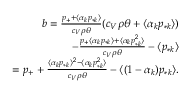
\begin{array} { r } { b = \frac { p _ { + } + \langle \alpha _ { k } p _ { * k } \rangle } { c _ { V } \rho \theta } ( c _ { V } \rho \theta + \langle \alpha _ { k } p _ { * k } \rangle ) } \\ { - \frac { p _ { + } \langle \alpha _ { k } p _ { * k } \rangle + \langle \alpha _ { k } p _ { * k } ^ { 2 } \rangle } { c _ { V } \rho \theta } - \langle p _ { * k } \rangle } \\ { = p _ { + } + \frac { \langle \alpha _ { k } p _ { * k } \rangle ^ { 2 } - \langle \alpha _ { k } p _ { * k } ^ { 2 } \rangle } { c _ { V } \rho \theta } - \langle ( 1 - \alpha _ { k } ) p _ { * k } \rangle . } \end{array}